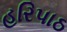
હરિપાઠ